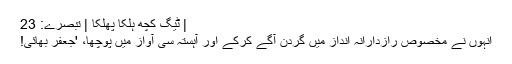
| ٹیگ کچھ ہلکا پھلکا | تبصرے: 23
انہوں نے مخصوص رازدارانہ انداز میں گردن آگے کرکے اور آہستہ سی آواز میں پوچھا، 'جعفر بھائی!